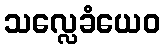
သလ္လေခံယေဝ